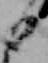
日